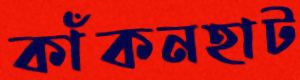
কাঁকনহাট